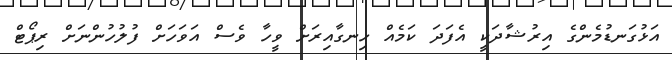
އަޅުގަނޑުމެންގެ އިރުޝާދަކީ އެފަދަ ކަމެއް ހިނގާއިރަށް ވީހާ ވެސް އަވަހަށް ފުލުހުންނަށް ރިޕޯޓް